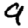
Digit: 9